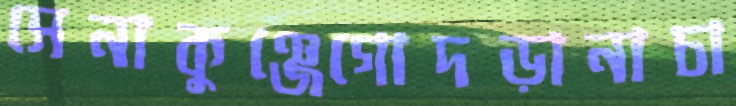
সেনাকুঞ্জেগোদড়ানাচা